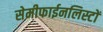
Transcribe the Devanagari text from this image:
सेमीफाईनलिस्टों